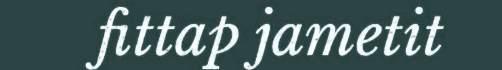
fittap jametit